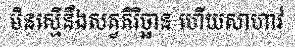
មិនស្មើនឹងសត្វតិរិច្ឆាន ហើយសាហាវ